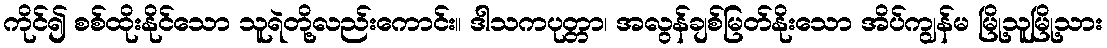
ကိုင်၍ စစ်ထိုးနိုင်သော သူရဲတို့လည်းကောင်း။ ဒါသကပုတ္တာ၊ အလွန်ချစ်မြတ်နိုးသော အိပ်ကျွန်မ မြို့သူမြို့သား